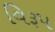
વિરૂપ